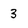
Character: 3